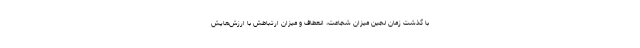
با گذشت زمان لجین میزان شجاعت، انعطاف و میزان ارتباطش با ارزش‌هایش